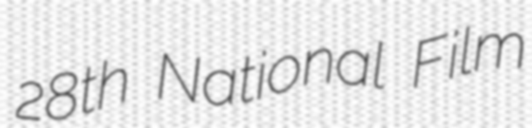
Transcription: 28th National Film